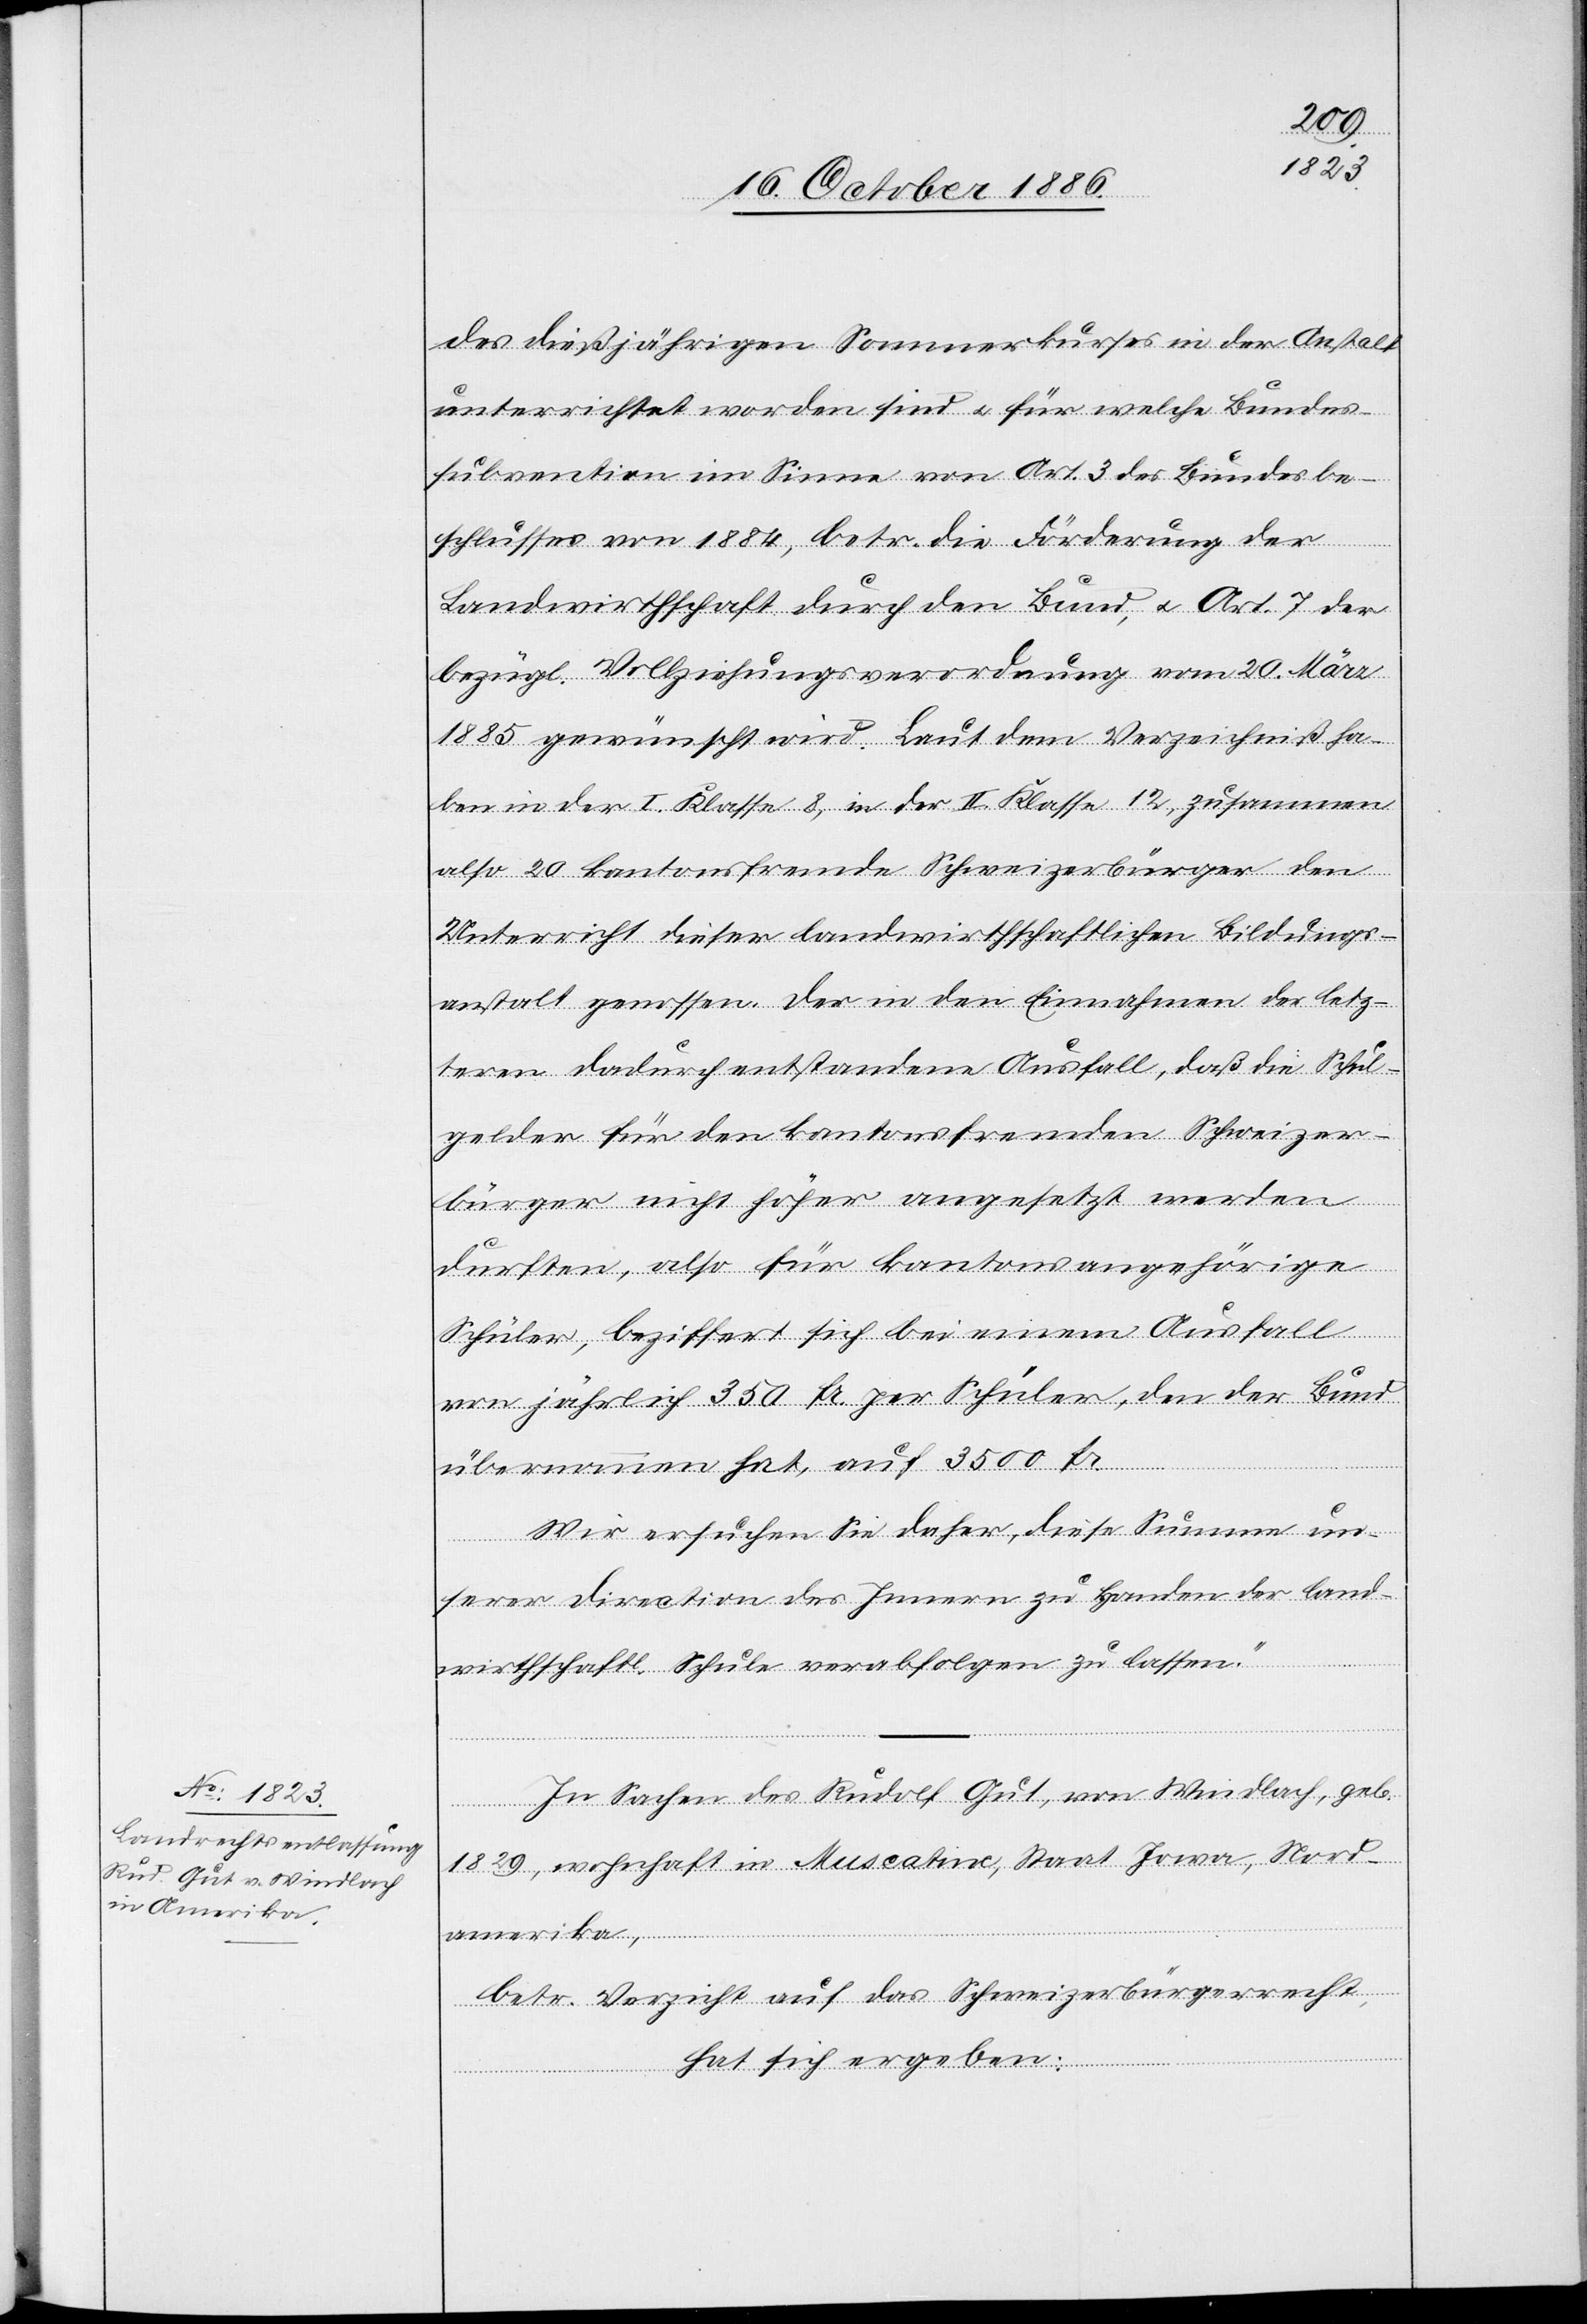
des dießjährigen Sommerkurses in der Anstalt
unterrichtet worden sind & für welche Bundes¬
subvention im Sinne von Art. 3 des Bundesbe¬
schlusses von 1884, betr. die Förderung der
Landwirthschaft durch den Bund, & Art. 7 der
bezügl. Vollziehungsverordnung vom 20. März
1885 gewünscht wird. Laut dem Verzeichniß ha¬
ben in der I. Klasse 8, in der II. Klasse 12, zusammen
also 20 kantonsfremde Schweizerbürger den
Unterricht dieser landwirthschaftlichen Bildungs¬
anstalt genossen. Der in den Einnahmen der letz¬
teren dadurch entstandene Ausfall, daß die Schul¬
gelder für den kantonsfremden Schweizer¬
bürger nicht höher angesetzt werden
[recte: als] für kantonsangehörige
Schüler, beziffert sich bei einem Ausfall
von jährlich 350 Fr. per Schüler, den der Bund
übernommen hat, auf 3500 Fr.
Wir ersuchen Sie daher, diese Summe un¬
serer Direction des Innern zu Handen der land¬
wirthschaftl. Schule verabfolgen zu lassen.“
In Sachen des Rudolf Gut, von Windlach, geb.
1829, wohnhaft in Muscatine, Staat Iowa, Nord¬
amerika,
betr. Verzicht auf das Schweizerbürgerrecht,
hat sich ergeben: